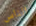
الناس